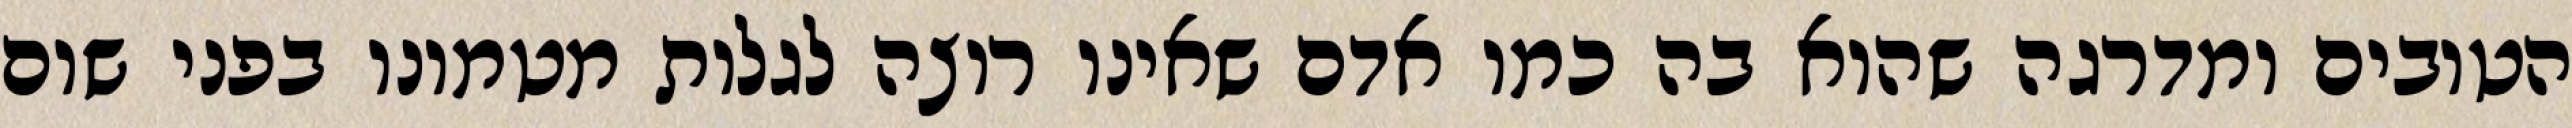
הטובים ומדרגה שהוא בה כמו אדם שאינו רוצה לגלות מטמונו בפני שום